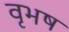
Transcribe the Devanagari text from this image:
वृभष